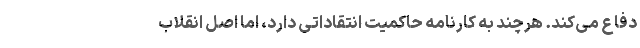
دفاع می‌کند. هرچند به کارنامه حاکمیت انتقاداتی دارد، اما اصل انقلاب